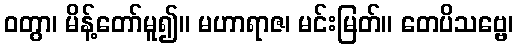
ဝတွာ၊ မိန့်တော်မူ၍။ မဟာရာဇ၊ မင်းမြတ်။ တေပိသဗ္ဗေ၊